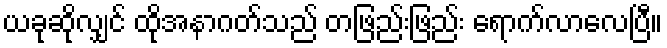
ယခုဆိုလျှင် ထိုအနာဂတ်သည် တဖြည်းဖြည်း ရောက်လာလေပြီ။